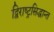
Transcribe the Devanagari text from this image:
द्विराष्ट्रसिद्धान्त